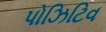
પોઝિટિવ